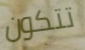
تتكون